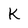
Character: k